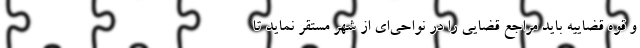
و قوه قضاییه باید مراجع قضایی را در نواحی‌ای از شهر مستقر نماید تا